Problem: 2 × 2 = ?
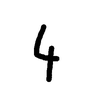
Handwritten answer: 4